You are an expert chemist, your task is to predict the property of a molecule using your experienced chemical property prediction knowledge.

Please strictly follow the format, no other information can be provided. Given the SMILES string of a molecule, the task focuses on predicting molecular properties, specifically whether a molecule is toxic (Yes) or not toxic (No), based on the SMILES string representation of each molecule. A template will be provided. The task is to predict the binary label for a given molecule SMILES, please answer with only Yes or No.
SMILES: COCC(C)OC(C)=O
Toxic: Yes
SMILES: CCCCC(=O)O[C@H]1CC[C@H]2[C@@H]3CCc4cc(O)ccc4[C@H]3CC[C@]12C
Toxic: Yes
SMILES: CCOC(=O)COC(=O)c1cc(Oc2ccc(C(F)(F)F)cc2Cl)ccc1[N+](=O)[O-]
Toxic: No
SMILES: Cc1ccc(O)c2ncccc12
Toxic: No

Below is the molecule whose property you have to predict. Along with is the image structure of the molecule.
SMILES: O=C1CC2(CCCC2)CC(=O)N1CCNCC1COc2ccccc2O1
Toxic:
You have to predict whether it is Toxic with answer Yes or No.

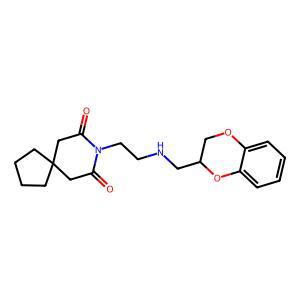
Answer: No